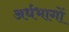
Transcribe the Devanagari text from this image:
अर्धभागों